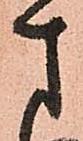
さ